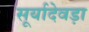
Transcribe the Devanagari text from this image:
सूर्यादेवड़ा